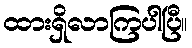
ထားရှိလာကြပါပြီ။